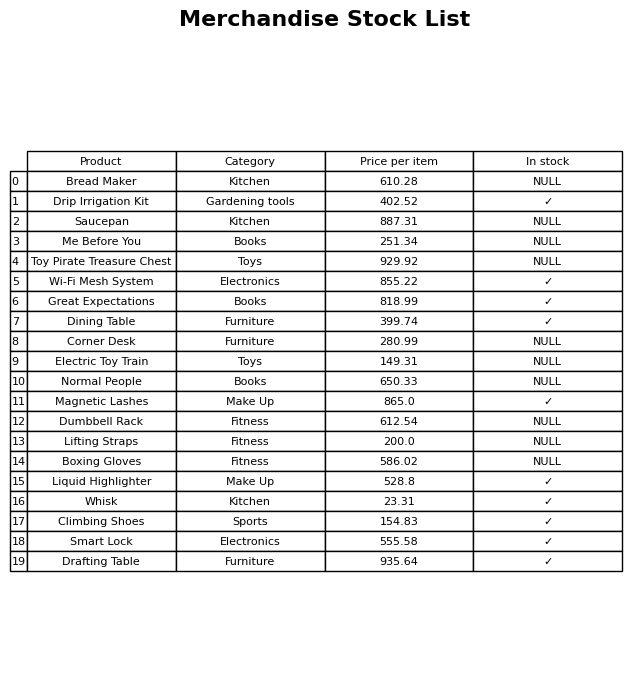
question: What is the price of the Me Before You?
answer: The price of Me Before You is 251.34.